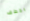
بخطف